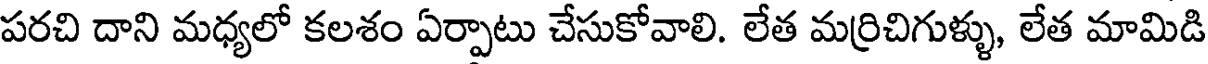
పరచి దాని మధ్యలో కలశం ఏర్పాటు చేసుకోవాలి. లేత మర్రిచిగుళ్ళు, లేత మామిడి